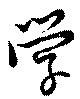
學